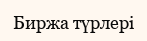
Биржа түрлері